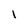
Character: l